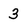
Character: 3